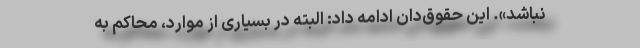
نباشد». این حقوق‌دان ادامه داد: البته در بسیاری از موارد، محاکم به